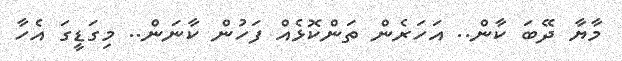
މާޔާ ދޭބަ ކާން.. އަހަރެން ތަންކޮޅެއް ފަހުން ކާނަން.. މިގަޑީގަ އެހާ